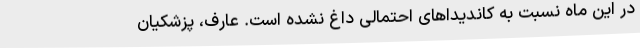
در این ماه نسبت به کاندیداهای احتمالی داغ نشده است. عارف، پزشکیان